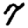
Digit: 7